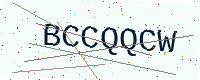
Text: BCCQQCW